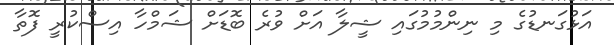
އަޅުގަނޑުގެ މި ނިންމުމުގައި ޝީލާ އަށް ވުރެ ބޮޑަށް ޝަމްހާ އިސްކުރީ ފޮތާ